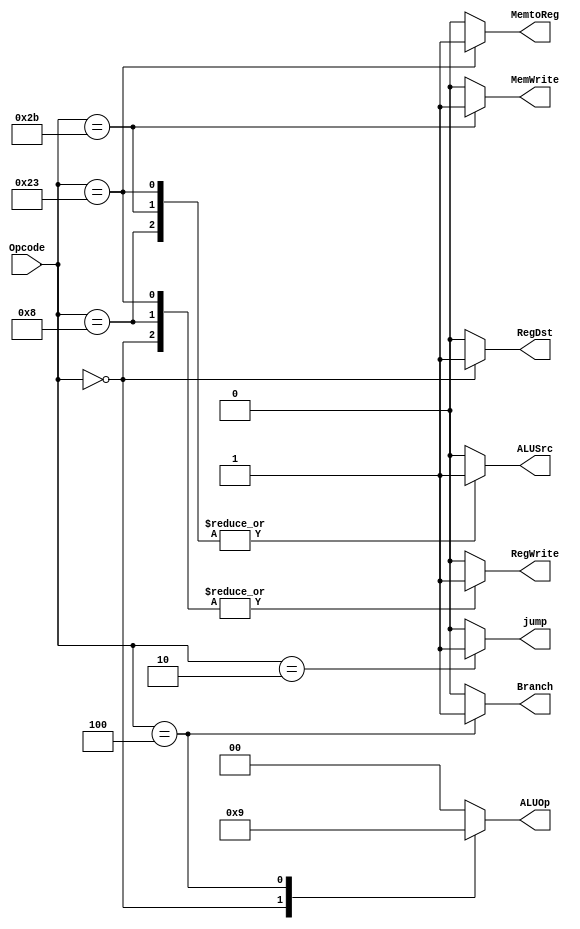
module main_decoder (
    input [5:0] Opcode,
    output reg MemtoReg,MemWrite,Branch,ALUSrc,RegDst,RegWrite,jump,
    output reg [1:0] ALUOp
);

always@(*)
begin
    RegWrite=0;
     RegDst=0;
     ALUSrc=0;
     Branch=0;
     MemWrite=0;
     MemtoReg=0;
     ALUOp=2'b00;
     jump=0;
case (Opcode)
   6'b0 :
   begin
     RegWrite=1;
     RegDst=1;
     ALUSrc=0;
     Branch=0;
     MemWrite=0;
     MemtoReg=0;
     ALUOp=2'b10;
   end 
   6'b100011 :
   begin
     RegWrite=1;
     RegDst=0;
     ALUSrc=1;
     Branch=0;
     MemWrite=0;
     MemtoReg=1;
     ALUOp=2'b00;
   end 
   6'b101011 :
   begin
     RegWrite=0;
     RegDst=0;
     ALUSrc=1;
     Branch=0;
     MemWrite=1;
     MemtoReg=0;
     ALUOp=2'b00;
   end 
   6'b000100:
   begin
     RegWrite=0;
     RegDst=0;
     ALUSrc=0;
     Branch=1;
     MemWrite=0;
     MemtoReg=0;
     ALUOp=2'b01;
   end 
   6'b001000 :
   begin
     RegWrite=1;
     RegDst=0;
     ALUSrc=1;
     Branch=0;
     MemWrite=0;
     MemtoReg=0;
     ALUOp=2'b00;
   end 
   6'b000010 :
   begin
     RegWrite=0;
     RegDst=0;
     ALUSrc=0;
     Branch=0;
     MemWrite=0;
     MemtoReg=0;
     ALUOp=2'b00;
     jump=1;
   end 
    default: 
     begin
     RegWrite=0;
     RegDst=0;
     ALUSrc=0;
     Branch=0;
     MemWrite=0;
     MemtoReg=0;
     ALUOp=2'b00;
     jump=0;
   end 
endcase
end
    
endmodule